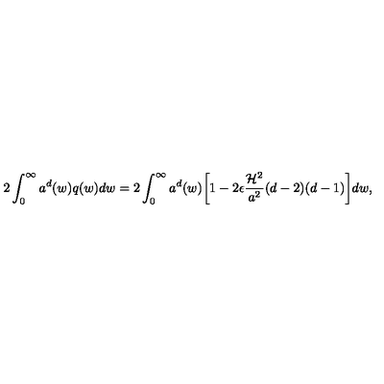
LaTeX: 2 \int _ { 0 } ^ { \infty } a ^ { d } ( w ) q ( w ) d w = 2 \int _ { 0 } ^ { \infty } a ^ { d } ( w ) \biggl [ 1 - 2 \epsilon \frac { { \cal H } ^ { 2 } } { a ^ { 2 } } ( d - 2 ) ( d - 1 ) \biggr ] d w ,